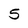
Character: 5